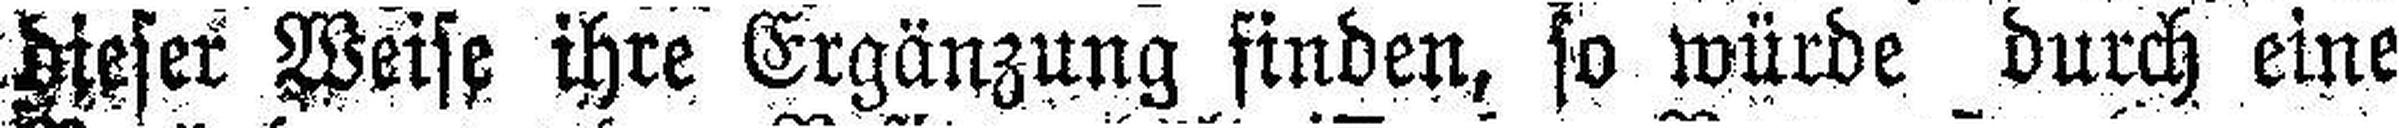
dieser Weise ihre Ergänzung finden, so würde durch eine